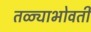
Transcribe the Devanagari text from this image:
तळ्याभोवती